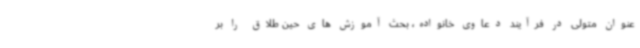
عنوان متولی در فرآیند دعاوی خانواده، بحث آموزش های حین طلاق را بر